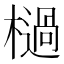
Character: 檛